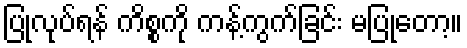
ပြုလုပ်ရန် ကိစ္စကို ကန့်ကွက်ခြင်း မပြုတော့။